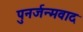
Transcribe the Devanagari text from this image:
पुनर्जन्मवाद